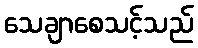
သေချာစေသင့်သည်